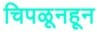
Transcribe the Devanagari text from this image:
चिपळूनहून